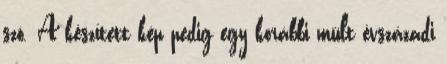
szó. A készített kép pedig egy korábbi múlt évszázadi